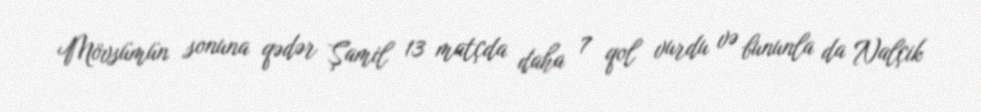
Mövsümün sonuna qədər Şamil 13 matçda daha 7 qol vurdu və bununla da Nalçik